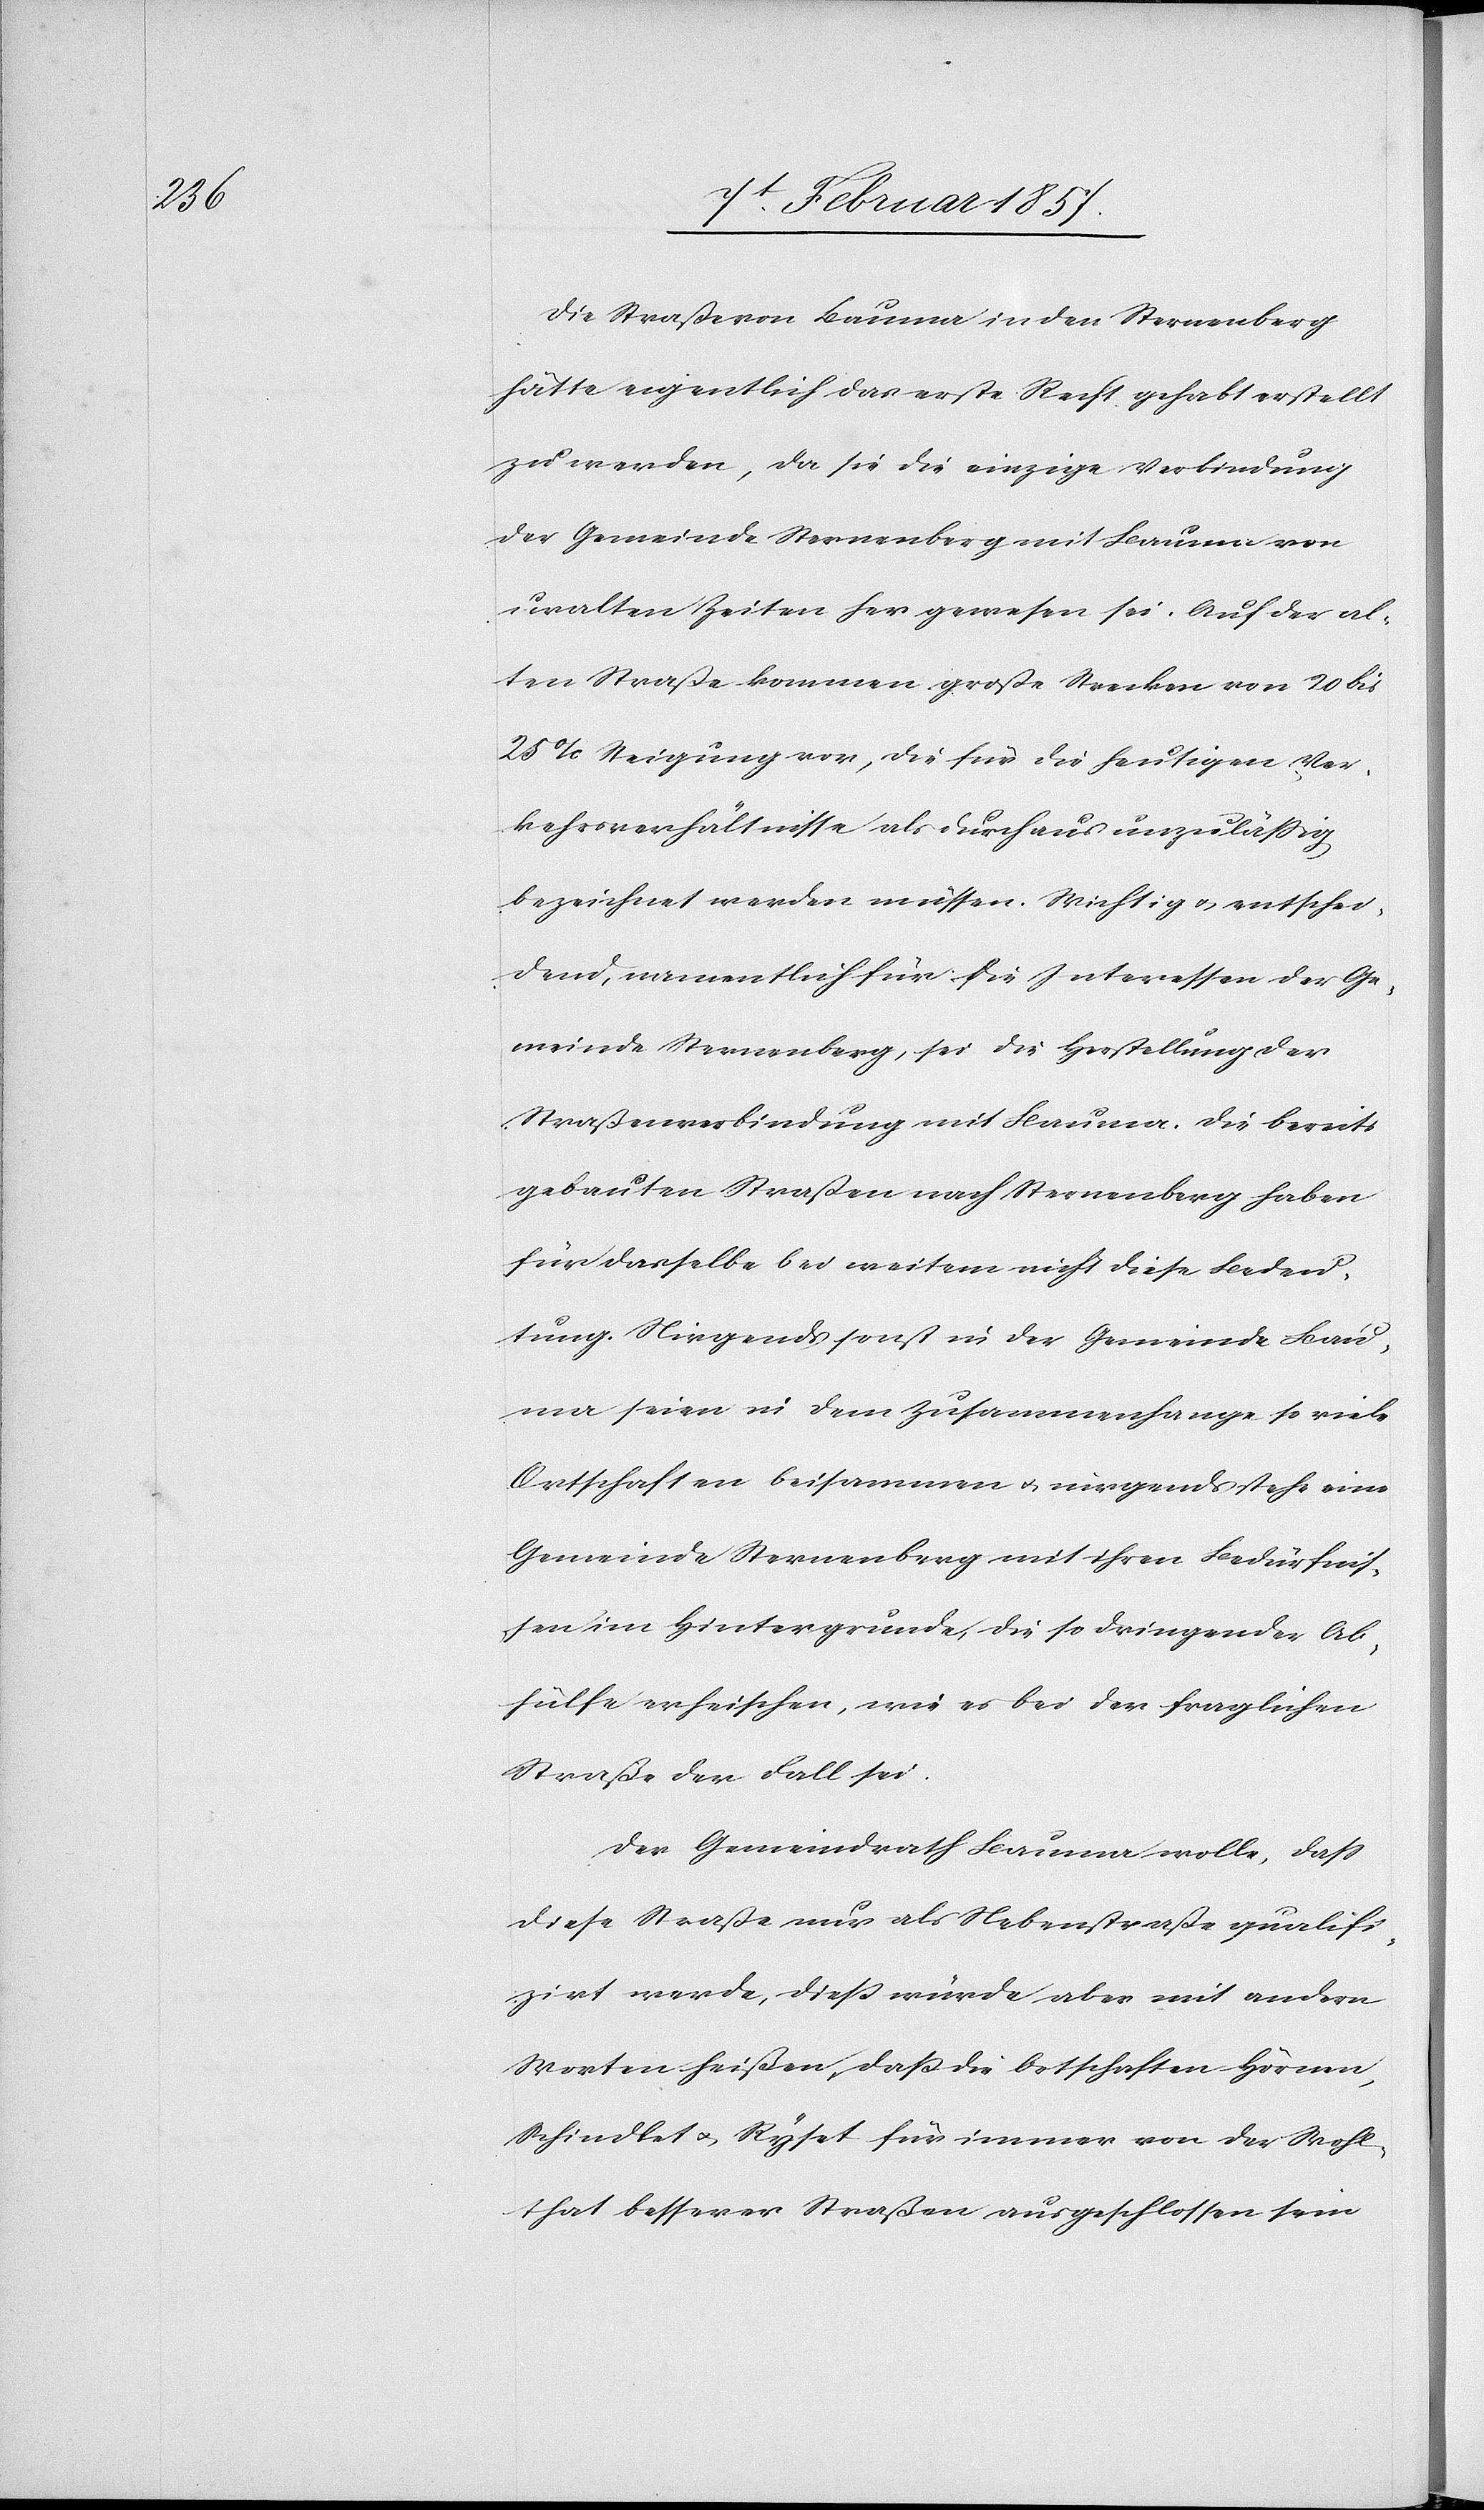
Die Straße von Bauma in den Sternenberg
hätte eigentlich das erste Recht gehabt erstellt
zu werden, da sie die einzige Verbindung
der Gemeinde Sternenberg mit Bauma von
uralten Zeiten her gewesen sei. Auf der al¬
ten Straße kommen große Strecken von 20 bis
25 % Steigung vor, die für die heutigen Ver¬
kehrsverhältnisse als durchaus unzulässig
bezeichnet werden müssen. Wichtig u. entschei¬
dend, namentlich für die Interessen der Ge¬
meinde Sternenberg, sei die Herstellung der
Straßenverbindung mit Bauma. Die bereits
gebauten Straßen nach Sternenberg haben
für dasselbe bei weitem nicht diese Bedeu¬
tung. Nirgends sonst in der Gemeinde Bau¬
ma seien in dem Zusammenhange so viele
Ortschaften beisammen u. nirgends stehe eine
Gemeinde Sternenberg mit ihren Bedürfnis¬
sen im Hintergrunde, die so dringender Ab¬
hülfe erheischen, wie es bei der fraglichen
Straße der Fall sei.
Der Gemeindrath Bauma wolle, daß
diese Straße nur als Nebenstraße qualifi¬
zirt werde, dieß würde aber mit andern
Worten heißen, daß die Ortschaften Hörnen,
Schindlet u. Ryset für immer von der Wohl¬
that besserer Straßen ausgeschlossen sein